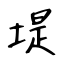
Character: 堤